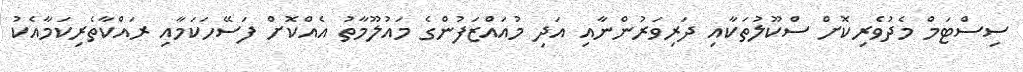
ސިސްޓަމް މެދުވެރިކޮށް ސްކޫލުތަކާއި ދަރިވަރުންނާއި އަދި މުއައްޒަފުންގެ މައުލޫމާތު އެއްކޮށް ފަސޭހަކަމާއި ރައްކާތެރިކަމާއެކު